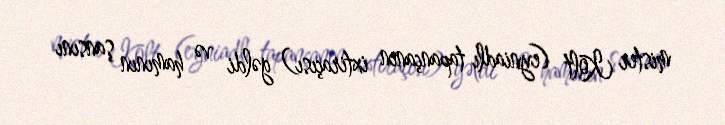
mister Kolt (eyniadlı tapançanın ixtiraçısı) gəldi və hamının şansını